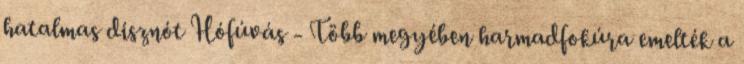
hatalmas disznót Hófúvás - Több megyében harmadfokúra emelték a